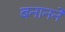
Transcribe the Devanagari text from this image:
बनानने